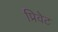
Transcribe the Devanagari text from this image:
प्रिवेट